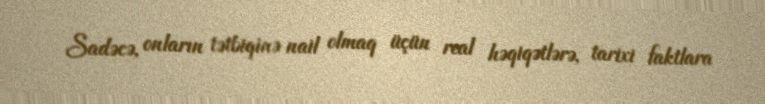
Sadəcə, onların tətbiqinə nail olmaq üçün real həqiqətlərə, tarixi faktlara